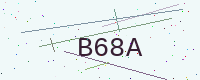
Text: B68A